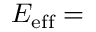
E _ { \mathrm { e f f } } =